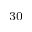
^ { 3 0 }